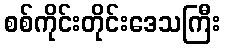
စစ်ကိုင်းတိုင်းဒေသကြီး